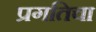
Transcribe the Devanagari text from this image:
प्रगतिचा